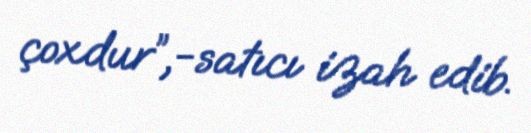
çoxdur”,-satıcı izah edib.